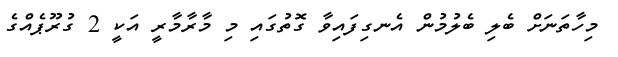
މިހާތަނަށް ބެލި ބެލުމުން އެނގިފައިވާ ގޮތުގައި މި މާރާމާރީ އަކީ 2 ގުރޫޕެއްގެ